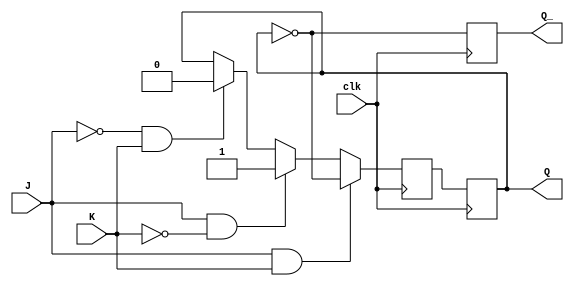
module neg_edge_jk_ff (
    input J,
    input K,
    input clk,
    output reg Q,
    output reg Q_
);

reg Q_next;

always @(negedge clk) begin
    if (J & K) // If both J and K are high
        Q_next <= ~Q; // Toggle Q
    else if (J & ~K) // If J is high and K is low
        Q_next <= 1; // Set Q to high
    else if (~J & K) // If J is low and K is high
        Q_next <= 0; // Reset Q to low
    else // If both J and K are low
        Q_next <= Q; // Retain current Q
end

always @(posedge clk) begin
    Q <= Q_next;
    Q_ <= ~Q;
end

endmodule